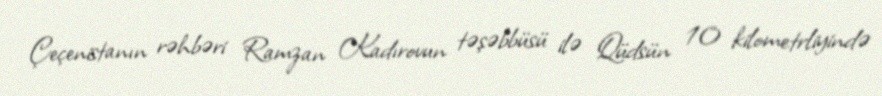
Çeçenistanın rəhbəri Ramzan Kadırovun təşəbbüsü ilə Qüdsün 10 kilometrliyində